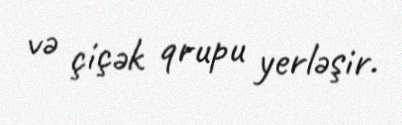
və çiçək qrupu yerləşir.